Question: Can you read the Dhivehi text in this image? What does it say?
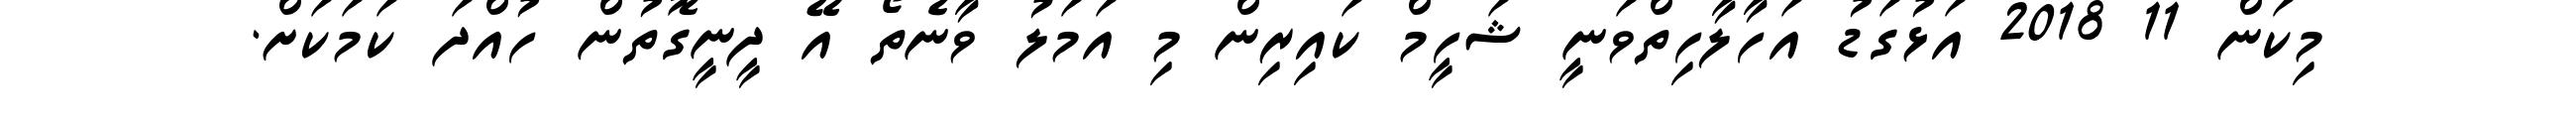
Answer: މިކަން 11 2018 އަޅުގަޑު އަހާލާހިތްވަނީ ޝަހީމް ކައިރިން މި އަމަލު ވާނެތޯ އޭ ދީނީގޮތުން ހުއްދަ ކަމަކަށް.